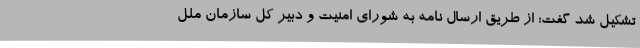
تشکیل شد گفت: از طریق ارسال نامه به شورای امنیت و دبیر کل سازمان ملل